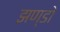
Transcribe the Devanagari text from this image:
झण्डो